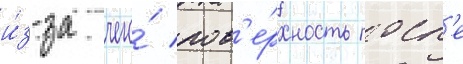
и́з-за чего́ пов'е́рхность посл'е